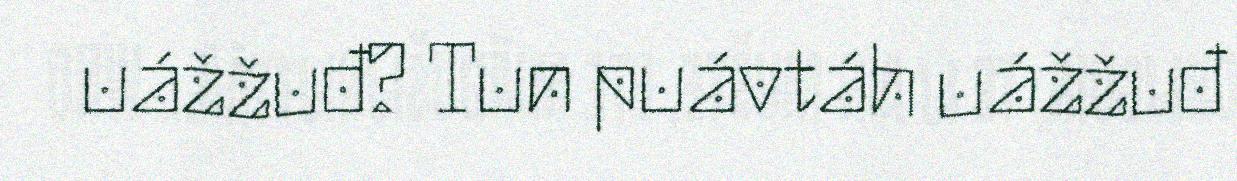
uážžuđ? Tun puávtáh uážžuđ